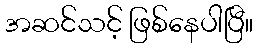
အဆင်သင့် ဖြစ်နေပါပြီ။